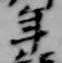
年